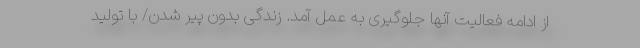
از ادامه فعالیت آنها جلوگیری به عمل آمد. زندگی بدون پیر شدن/ با تولید